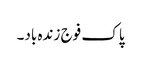
پاک فوج زندہ باد۔